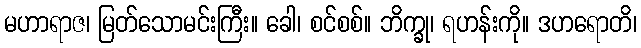
မဟာရာဇ၊ မြတ်သောမင်းကြီး။ ခေါ၊ စင်စစ်။ ဘိက္ခု၊ ရဟန်းကို။ ဒဟရောတိ၊